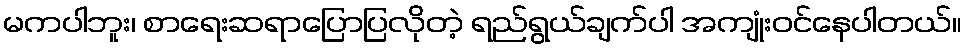
မကပါဘူး၊ စာရေးဆရာပြောပြလိုတဲ့ ရည်ရွယ်ချက်ပါ အကျုံးဝင်နေပါတယ်။